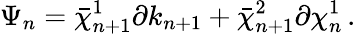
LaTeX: \Psi_{n}=\bar{\chi}_{n+1}^{1}\partial k_{n+1}+\bar{\chi}_{n+1}^{2}\partial\chi_{n}^{1}\, .